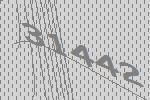
31442